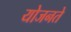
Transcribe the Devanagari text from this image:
योजनते